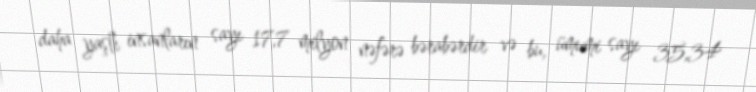
daha yaşlı insanların sayı 17,7 milyon nəfərə bərabərdir və bu, ümumi sayı 35,34